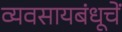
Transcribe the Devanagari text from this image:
व्यवसायबंधूचें